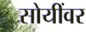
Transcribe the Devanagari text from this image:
सोयींवर